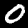
Digit: 0